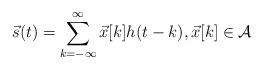
LaTeX: \begin{align*}\vec{s}(t) = \sum_{k = -\infty}^{\infty} \vec{x}[k] h(t - k), \vec x[k] \in \mathcal{A}\end{align*}